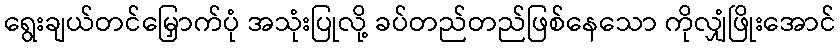
ရွေးချယ်တင်မြှောက်ပုံ အသုံးပြုလို့ ခပ်တည်တည်ဖြစ်နေသော ကိုလျှံဖြိုးအောင်